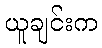
ယူချင်းက